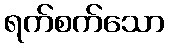
ရက်စက်သော